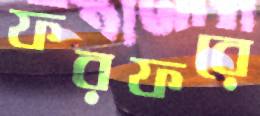
ফরফরে